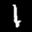
Label: 1